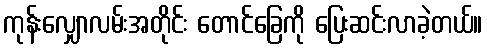
ကုန်းလျှောလမ်းအတိုင်း တောင်ခြေကို ပြေးဆင်းလာခဲ့တယ်။